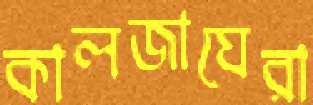
কালজাঘেরা